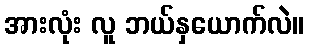
အားလုံး လူ ဘယ်နှယောက်လဲ။